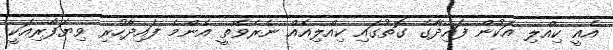
އެއީ ކިއްލި އަކުން ފައިދާގެ ގޮތުގައި ކިއްލިއެއް ނެރެވޭތީ އެންމެ ފައިދާހުރި ވިޔަފާރިއަކީ